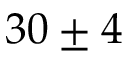
3 0 \pm 4